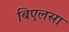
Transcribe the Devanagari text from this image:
बिएलसा